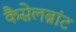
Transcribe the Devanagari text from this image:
कैसेलब्रांट